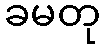
ခမတု